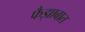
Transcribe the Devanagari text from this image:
फैझाबात